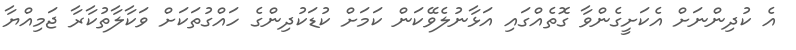
އެ ކުދިންނަށް އެކަށީގެންވާ ގޮތެއްގައި އަޅާނުލެވޭކަން ކަމަށް ކުޑަކުދިންގެ ހައްގުތަކަށް ވަކާލާތުކާރާ ޖަމިއްޔާ